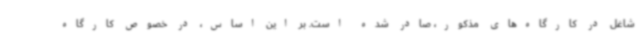
شاغل در کارگاه‌های مذکور، صادر شده است. بر این اساس، در خصوص کارگاه